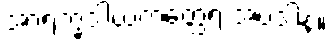
အာရက္ခဒါယကတ္ထေရ အပဒါန။